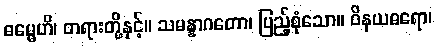
ဓမ္မေဟိ၊ တရားတို့နှင့်။ သမန္နာဂတော၊ ပြည့်စုံသော။ ဝိနယဓရော၊